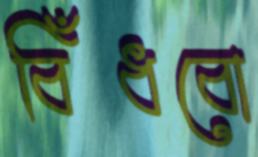
বিঁধবো